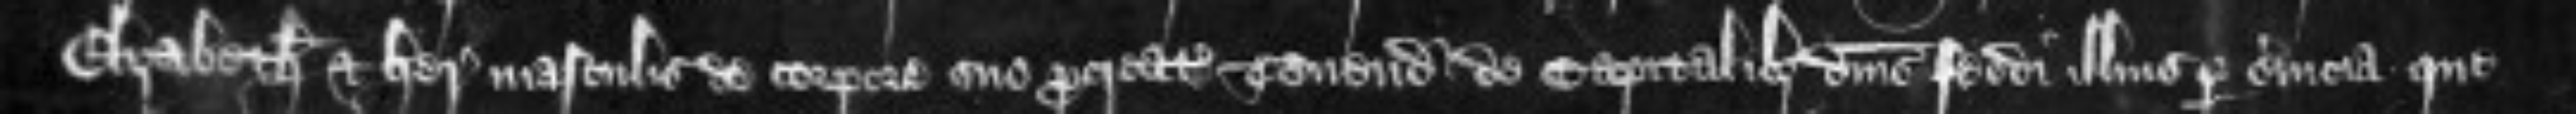
Elizabeth et heredibus masculis de corpore suo procreatis tenendo de capitalibus dominis feodi illius per servicia que